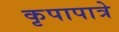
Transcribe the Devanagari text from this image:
कृपापात्रे